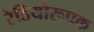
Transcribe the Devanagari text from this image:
रेडियोरूपक